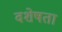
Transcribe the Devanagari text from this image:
वशेषता